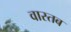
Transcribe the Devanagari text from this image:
वास्तब